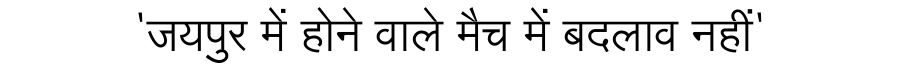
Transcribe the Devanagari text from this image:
'जयपुर में होने वाले मैच में बदलाव नहीं'